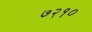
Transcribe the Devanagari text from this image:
७२१०